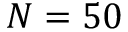
N = 5 0